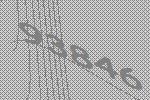
93846